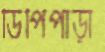
ডিপিপাড়া